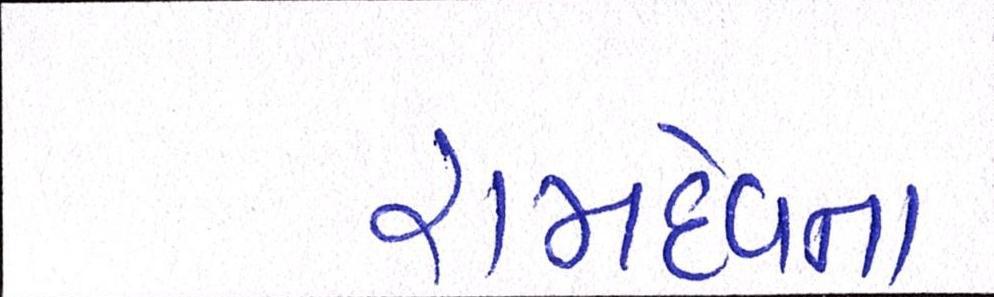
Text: રામદેવના